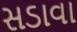
સડાવા